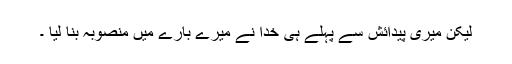
لیکن میری پیدائش سے پہلے ہی خدا نے میرے بارے میں منصوبہ بنا لیا ۔